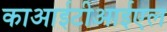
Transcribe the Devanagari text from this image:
काआईटीआईएल